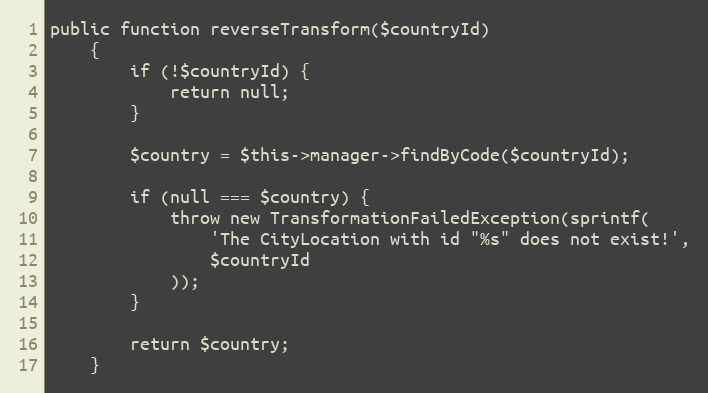
Language: PHP
public function reverseTransform($countryId)
    {
        if (!$countryId) {
            return null;
        }

        $country = $this->manager->findByCode($countryId);

        if (null === $country) {
            throw new TransformationFailedException(sprintf(
                'The CityLocation with id "%s" does not exist!',
                $countryId
            ));
        }

        return $country;
    }